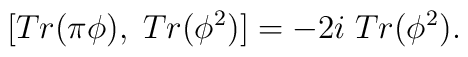
[Tr(\pi \phi), \; Tr(\phi^{2})] = -2i \; Tr(\phi^{2}).